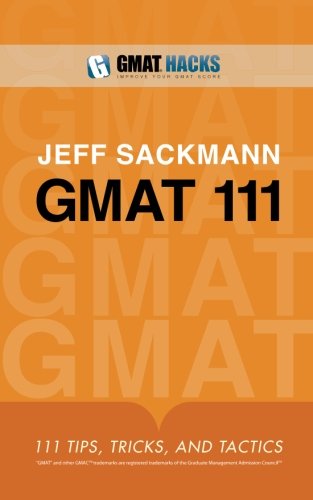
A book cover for GMAT 111: Tips, Tricks, and Tactics; Jeff Sackmann; Test Preparation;